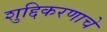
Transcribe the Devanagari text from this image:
शुद्दिकरणाचे